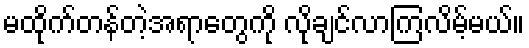
မထိုက်တန်တဲ့အရာတွေကို လိုချင်လာကြလိမ့်မယ်။